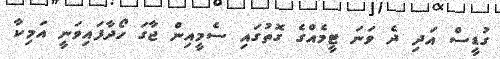
ގުޑީސް އަދި ދެ ވަނަ ޓީމެއްގެ ގޮތުގައި ސެމީއިން ޖާގަ ހޯދާފައިވަނީ އަމިކާ